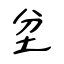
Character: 坌